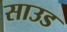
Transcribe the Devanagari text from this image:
साउड